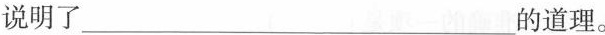
说明里___的道理。